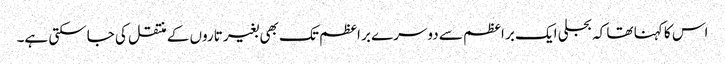
اس کا کہنا تھا کہ بجلی ایک بر اعظم سے دوسرے بر اعظم تک بھی بغیر تاروں کے منتقل کی جاسکتی ہے۔